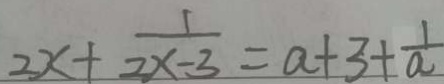
2 x + \frac { 1 } { 2 x - 3 } = \alpha + 3 + \frac { 1 } { \alpha }